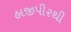
હાજીપીરથી